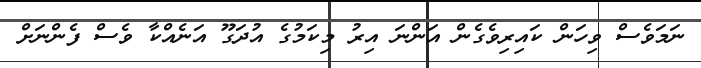
ނަމަވެސް ވިހަން ކައިރިވެގެން އަންނަ އިރު މިކަމުގެ އުދަގޫ އަނެއްކާ ވެސް ފެންނަށް